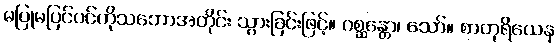
မပြုမပြင်ပင်ကိုသဘောအတိုင်း သွားခြင်းဖြင့်။ ဂစ္ဆန္တော၊ သော်။ စာတုရိယေန